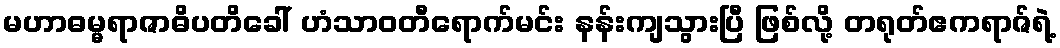
မဟာဓမ္မရာဇာဓိပတိခေါ် ဟံသာဝတီရောက်မင်း နန်းကျသွားပြီ ဖြစ်လို့ တရုတ်ဧကရာဇ်ရဲ့